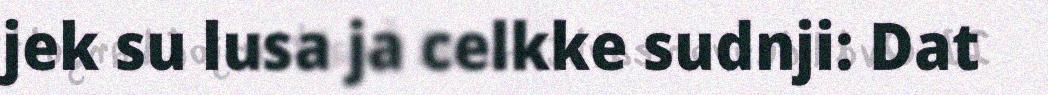
jek su lusa ja celkke sudnji: Dat